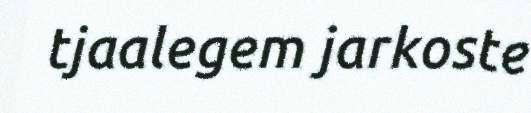
tjaalegem jarkoste